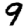
Digit: 9